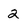
Character: 2